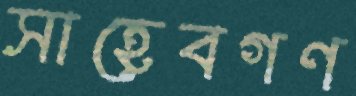
সাহেবগণ